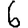
Digit: 6